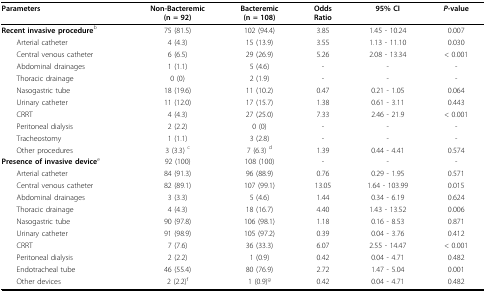
<table><thead><tr><td><b>Parameters</b></td><td><b>Non-Bacteremic(n = 92)</b></td><td><b>Bacteremic(n = 108)</b></td><td><b>OddsRatio</b></td><td><b>95% CI</b></td><td><b><i>P</i>-value</b></td></tr></thead><tbody><tr><td><b>Recent invasive procedure</b><sup>b </sup></td><td>75 (81.5)</td><td>102 (94.4)</td><td>3.85</td><td>1.45 - 10.24</td><td>0.007</td></tr><tr><td> Arterial catheter</td><td>4 (4.3)</td><td>15 (13.9)</td><td>3.55</td><td>1.13 - 11.10</td><td>0.030</td></tr><tr><td> Central venous catheter</td><td>6 (6.5)</td><td>29 (26.9)</td><td>5.26</td><td>2.08 - 13.34</td><td>&lt; 0.001</td></tr><tr><td> Abdominal drainages</td><td>1 (1.1)</td><td>5 (4.6)</td><td>-</td><td>-</td><td>-</td></tr><tr><td> Thoracic drainage</td><td>0 (0)</td><td>2 (1.9)</td><td>-</td><td>-</td><td>-</td></tr><tr><td> Nasogastric tube</td><td>18 (19.6)</td><td>11 (10.2)</td><td>0.47</td><td>0.21 - 1.05</td><td>0.064</td></tr><tr><td> Urinary catheter</td><td>11 (12.0)</td><td>17 (15.7)</td><td>1.38</td><td>0.61 - 3.11</td><td>0.443</td></tr><tr><td> CRRT</td><td>4 (4.3)</td><td>27 (25.0)</td><td>7.33</td><td>2.46 - 21.9</td><td>&lt; 0.001</td></tr><tr><td> Peritoneal dialysis</td><td>2 (2.2)</td><td>0 (0)</td><td>-</td><td>-</td><td>-</td></tr><tr><td> Tracheostomy</td><td>1 (1.1)</td><td>3 (2.8)</td><td>-</td><td>-</td><td>-</td></tr><tr><td> Other procedures</td><td>3 (3.3) <sup>c</sup></td><td>7 (6.3) <sup>d</sup></td><td>1.39</td><td>0.44 - 4.41</td><td>0.574</td></tr><tr><td><b>Presence of invasive device</b><sup>e</sup></td><td>92 (100)</td><td>108 (100)</td><td>-</td><td>-</td><td>-</td></tr><tr><td> Arterial catheter</td><td>84 (91.3)</td><td>96 (88.9)</td><td>0.76</td><td>0.29 - 1.95</td><td>0.571</td></tr><tr><td> Central venous catheter</td><td>82 (89.1)</td><td>107 (99.1)</td><td>13.05</td><td>1.64 - 103.99</td><td>0.015</td></tr><tr><td> Abdominal drainages</td><td>3 (3.3)</td><td>5 (4.6)</td><td>1.44</td><td>0.34 - 6.19</td><td>0.624</td></tr><tr><td> Thoracic drainage</td><td>4 (4.3)</td><td>18 (16.7)</td><td>4.40</td><td>1.43 - 13.52</td><td>0.006</td></tr><tr><td> Nasogastric tube</td><td>90 (97.8)</td><td>106 (98.1)</td><td>1.18</td><td>0.16 - 8.53</td><td>0.871</td></tr><tr><td> Urinary catheter</td><td>91 (98.9)</td><td>105 (97.2)</td><td>0.39</td><td>0.04 - 3.76</td><td>0.412</td></tr><tr><td> CRRT</td><td>7 (7.6)</td><td>36 (33.3)</td><td>6.07</td><td>2.55 - 14.47</td><td>&lt; 0.001</td></tr><tr><td> Peritoneal dialysis</td><td>2 (2.2)</td><td>1 (0.9)</td><td>0.42</td><td>0.04 - 4.71</td><td>0.482</td></tr><tr><td> Endotracheal tube</td><td>46 (55.4)</td><td>80 (76.9)</td><td>2.72</td><td>1.47 - 5.04</td><td>0.001</td></tr><tr><td> Other devices</td><td>2 (2.2)<sup>f</sup></td><td>1 (0.9)<sup>g</sup></td><td>0.42</td><td>0.04 - 4.71</td><td>0.482</td></tr></tbody></table>